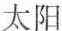
太阳